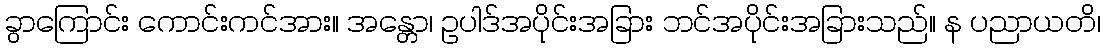
ခွာကြောင်း ကောင်းကင်အား။ အန္တော၊ ဥပါဒ်အပိုင်းအခြား ဘင်အပိုင်းအခြားသည်။ န ပညာယတိ၊